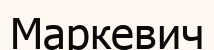
Маркевич